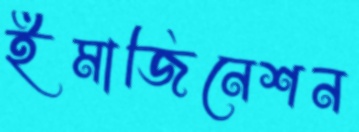
ইমাজিনেশন